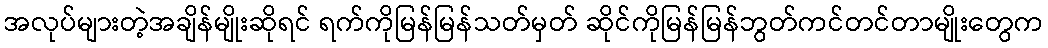
အလုပ်များတဲ့အချိန်မျိုးဆိုရင် ရက်ကိုမြန်မြန်သတ်မှတ် ဆိုင်ကိုမြန်မြန်ဘွတ်ကင်တင်တာမျိုးတွေက